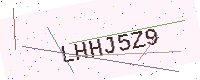
Text: LHHJ5Z9